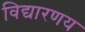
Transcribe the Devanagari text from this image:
विद्यारणय